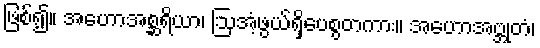
ဖြစ်၍။ အဟောအစ္ဆရိယာ၊ ဩအံ့ဖွယ်ရှိပေစွတကား။ အဟောအဗ္ဘုတံ၊